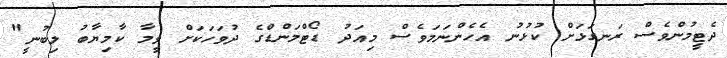
ދެޓީމުންވެސް ރަނގަޅަށް ކުޅުނު އެހެންނަމަވެސް މިއަދު ޑޯޓްމަންޑްގެ ދުވަހަކަށް ވީމާ ކާމިޔާބު ލިބުނީ"